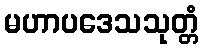
မဟာပဒေသသုတ္တံ